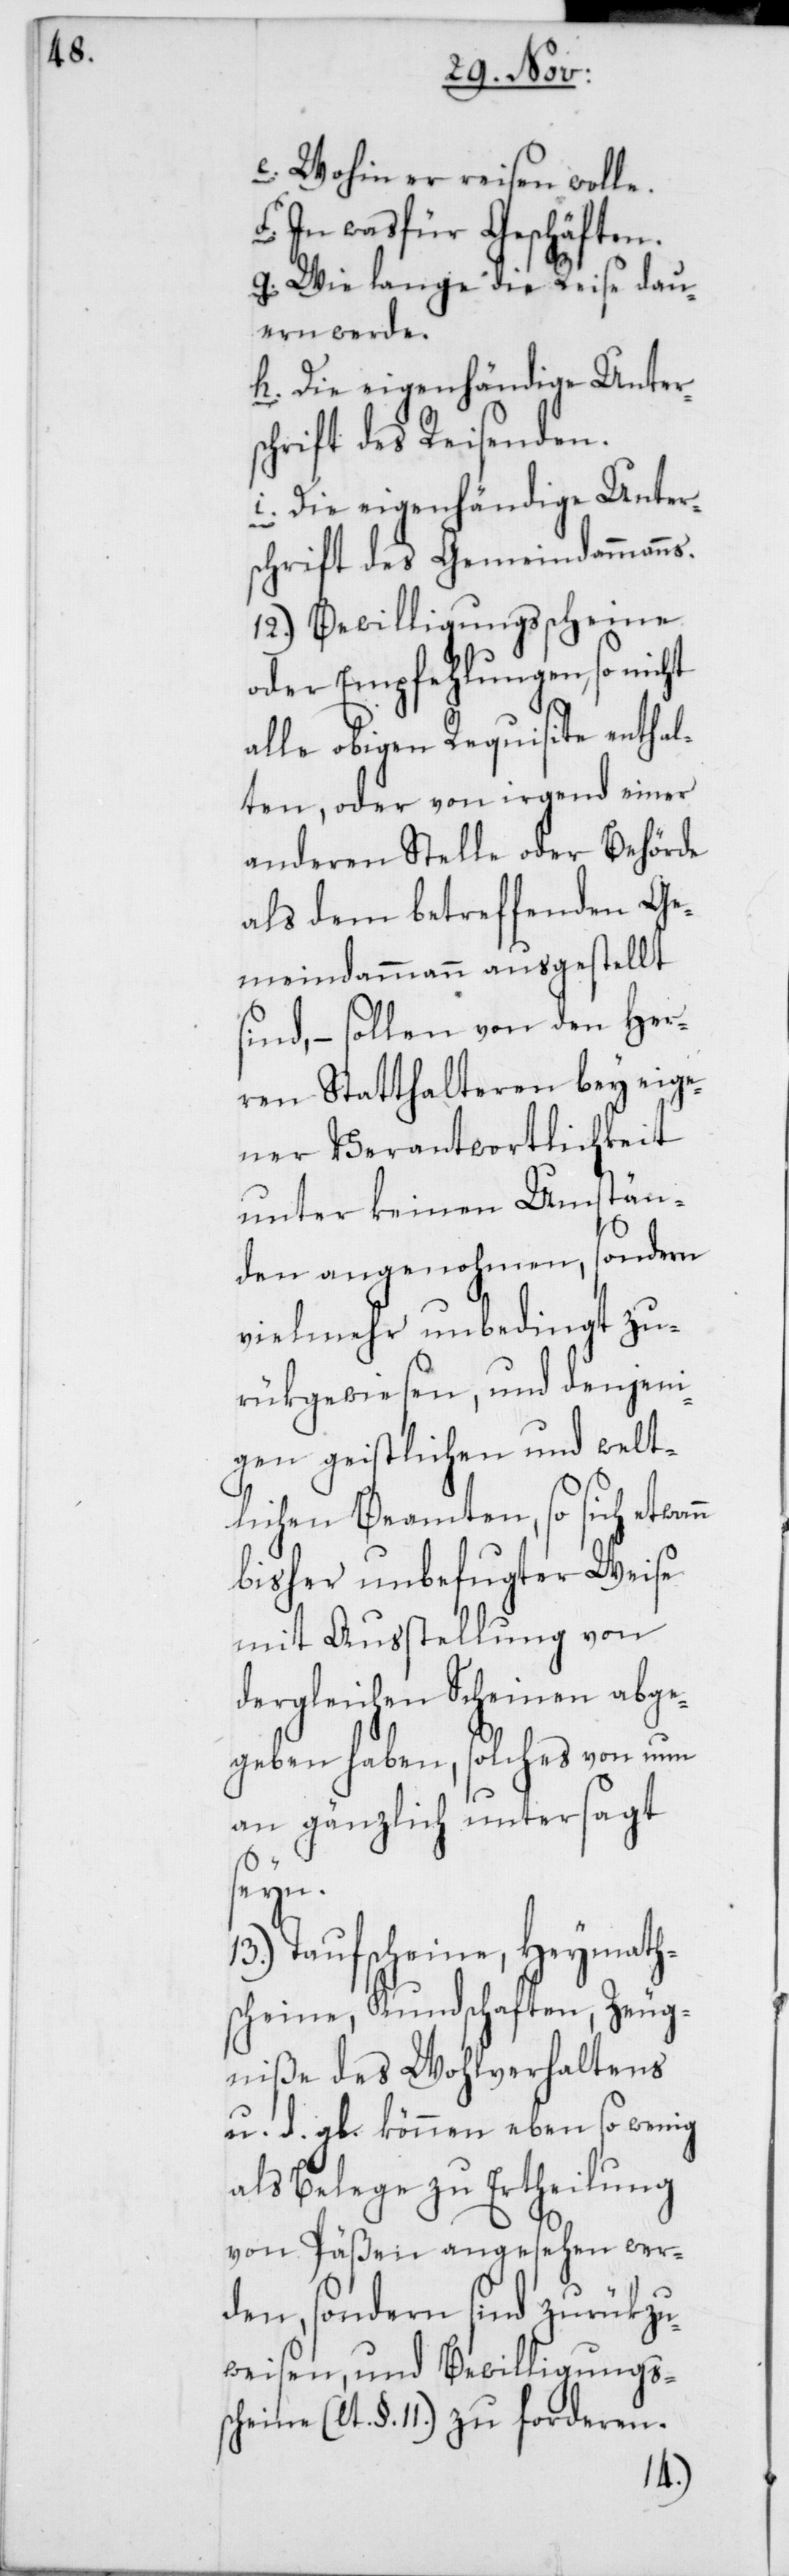
ne

e. Wohin er reisen wolle.
f. In was für Geschäften.
s.
g. Wie lange die Reise dau¬
ern werde
h. Die eigenhändige Unters¬
chrift des Reisenden.
i) Die eigenhändige Unter¬
schrift des Gemeindammann¬
12.) Bewilligungsscheine
oder Empfehlungen, so nicht
alle obigen Requisite enthal¬
ten, oder von irgend einer
anderen Stelle oder Behörde
als dem betreffenden Ge¬
meindammann ausgestellt
sind, – sollen von den Her¬
ren Statthalteren bey eige¬
ner Verantwortlichkeit
unter keinen Umstän¬
den angenohmen, sondern
vielmehr unbedingt zu¬
rükgewiesen, und denjeni¬
gen geistlichen und welt¬
lichen Beamten, so sich etwann
bisher unbefugter Weise
mit Ausstellung von
dergleichen Scheinen abge¬
geben haben, solches von nun
an gänzlich untersagt
schei¬
13.) Taufscheine, Heymath¬
scheine, Kundschaften, Zeug¬
niße des Wohlverhaltens
u. d. gl. können eben so wenig
als Belege zu Ertheilung
von Päßen angesehen wer¬
den, sondern sind zurükzu¬
weisen, und Bewilligungs¬
(lt. §. 11.) zu forderen.